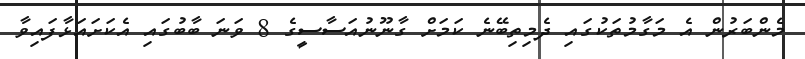
މެންބަރުން އެ މަގާމުތަކުގައި ދެމިތިބޭނެ ކަމަށް ގާނޫނުއަސާސީގެ 8 ވަނަ ބާބުގައި އެކަށައަޅާފައިވާ